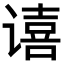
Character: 𫍻